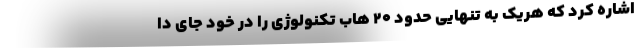
اشاره کرد که هریک به تنهایی حدود ۲۰ هاب تکنولوژی را در خود جای دا